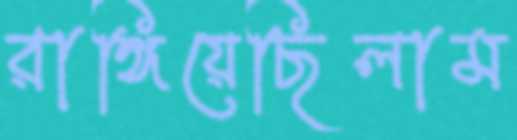
রাঙ্গিয়েছিলাম